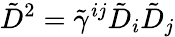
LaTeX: \tilde{D}^{2}=\tilde{\gamma}^{ij}\tilde{D}_{i}\tilde{D}_{j}